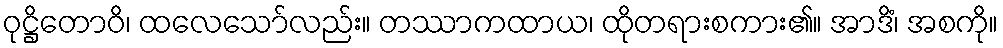
ဝုဋ္ဌိတောဝိ၊ ထလေသော်လည်း။ တဿာကထာယ၊ ထိုတရားစကား၏။ အာဒိံ၊ အစကို။